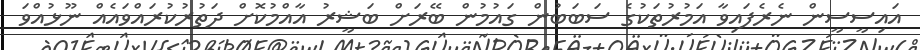
އައިސީސީން ނެރެފައިވާ އަމުރުތަކުގެ ސަބަބުން ގައުމުން ބޭރަށް ބަޝީރު އާއްމުކޮށް ދަތުރުކުރައްވައެއް ނޫޅުއްވަ